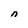
Character: n